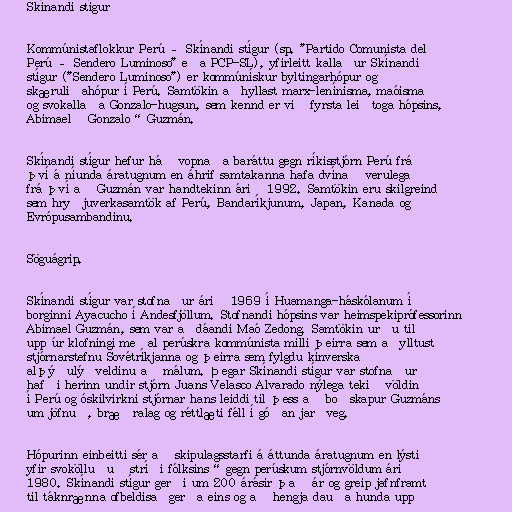
Skínandi stígur

Kommúnistaflokkur Perú – Skínandi stígur (sp. "Partido Comunista del
Perú – Sendero Luminoso" eða PCP-SL), yfirleitt kallaður Skínandi
stígur ("Sendero Luminoso") er kommúnískur byltingarhópur og
skæruliðahópur í Perú. Samtökin aðhyllast marx-lenínisma, maóisma
og svokallaða Gonzalo-hugsun, sem kennd er við fyrsta leiðtoga hópsins,
Abimael „Gonzalo“ Guzmán.

Skínandi stígur hefur háð vopnaða baráttu gegn ríkisstjórn Perú frá
því á níunda áratugnum en áhrif samtakanna hafa dvínað verulega
frá því að Guzmán var handtekinn árið 1992. Samtökin eru skilgreind
sem hryðjuverkasamtök af Perú, Bandaríkjunum, Japan, Kanada og
Evrópusambandinu.

Söguágrip.

Skínandi stígur var stofnaður árið 1969 í Huamanga-háskólanum í
borginni Ayacucho í Andesfjöllum. Stofnandi hópsins var heimspekiprófessorinn
Abimael Guzmán, sem var aðdáandi Maó Zedong. Samtökin urðu til
upp úr klofningi meðal perúskra kommúnista milli þeirra sem aðylltust
stjórnarstefnu Sovétríkjanna og þeirra sem fylgdu kínverska
alþýðulýðveldinu að málum. Þegar Skínandi stígur var stofnaður
hafði herinn undir stjórn Juans Velasco Alvarado nýlega tekið völdin
í Perú og óskilvirkni stjórnar hans leiddi til þess að boðskapur Guzmáns
um jöfnuð, bræðralag og réttlæti féll í góðan jarðveg.

Hópurinn einbeitti sér að skipulagsstarfi á áttunda áratugnum en lýsti
yfir svokölluðu „stríði fólksins“ gegn perúskum stjórnvöldum árið
1980. Skínandi stígur gerði um 200 árásir það ár og greip jafnframt
til táknrænna ofbeldisaðgerða eins og að hengja dauða hunda upp